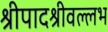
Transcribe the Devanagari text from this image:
श्रीपादश्रीवल्लभ